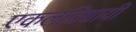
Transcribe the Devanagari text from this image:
एकलविधायी